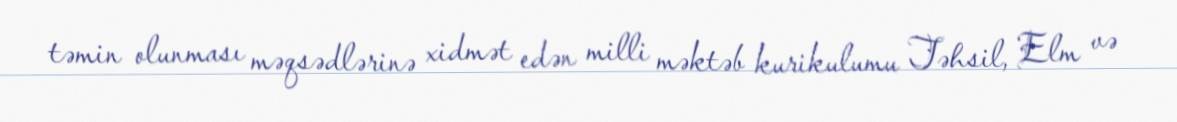
təmin olunması məqsədlərinə xidmət edən milli məktəb kurikulumu Təhsil, Elm və